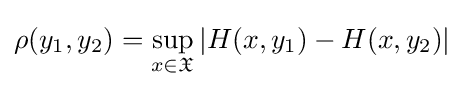
\rho (y_{1},y_{2})=\sup _{x\in {\mathfrak {X}}}\left|H(x,y_{1})-H(x,y_{2})\right|